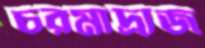
চরমাদ্রাজ